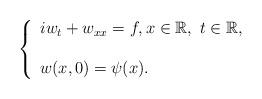
LaTeX: \begin{align*}\left \{ \begin{array}{l} iw_t +w_{xx} =f, x\in \mathbb{R} ,\ t\in \mathbb{R},\\ \\ w(x,0) =\psi (x).\end{array}\right.\end{align*}